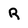
Character: R